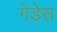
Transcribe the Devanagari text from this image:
गेडेस